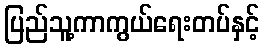
ပြည်သူ့ကာကွယ်ရေးတပ်နှင့်